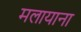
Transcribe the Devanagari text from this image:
मलायाना